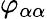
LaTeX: \varphi_{\alpha\alpha}